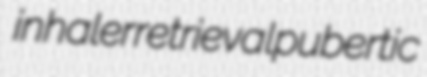
inhaler retrieval pubertic